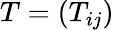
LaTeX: T=(T_{ij})